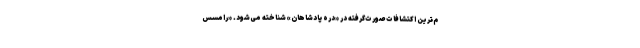
م‌ترین اکتشافات صورت‌گرفته در «دره پادشاهان» شناخته می‌شود. «رامسس